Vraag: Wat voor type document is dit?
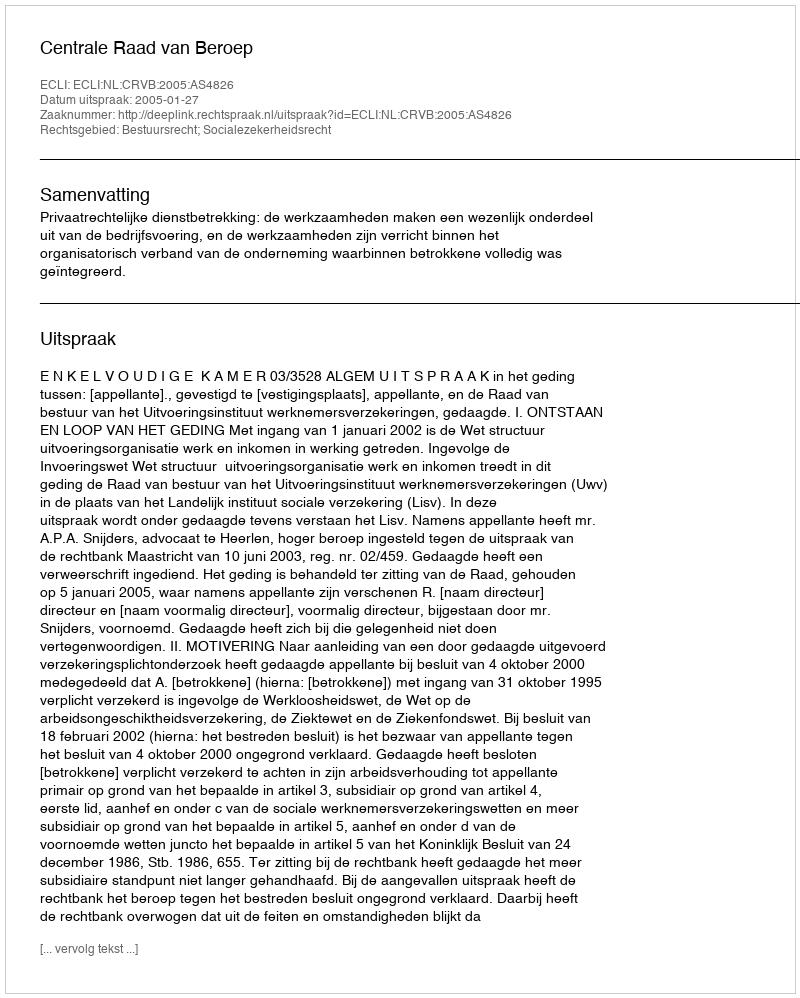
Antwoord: Uitspraak